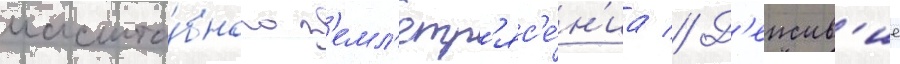
масшта́бного з'емл'етр'яс'е́н'иа // Д'еиств'ие